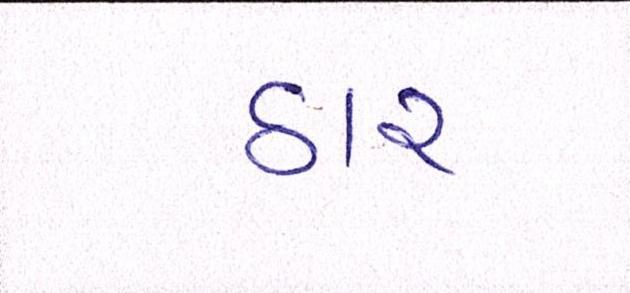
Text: ઠાર